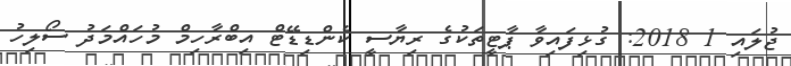
ޖުލައި 1 2018: ގުޅިފައިވާ ޕާޓީތަކުގެ ރިޔާސީ ކެންޑިޑޭޓް އިބްރާހިމް މުހައްމަދު ސޯލިހު